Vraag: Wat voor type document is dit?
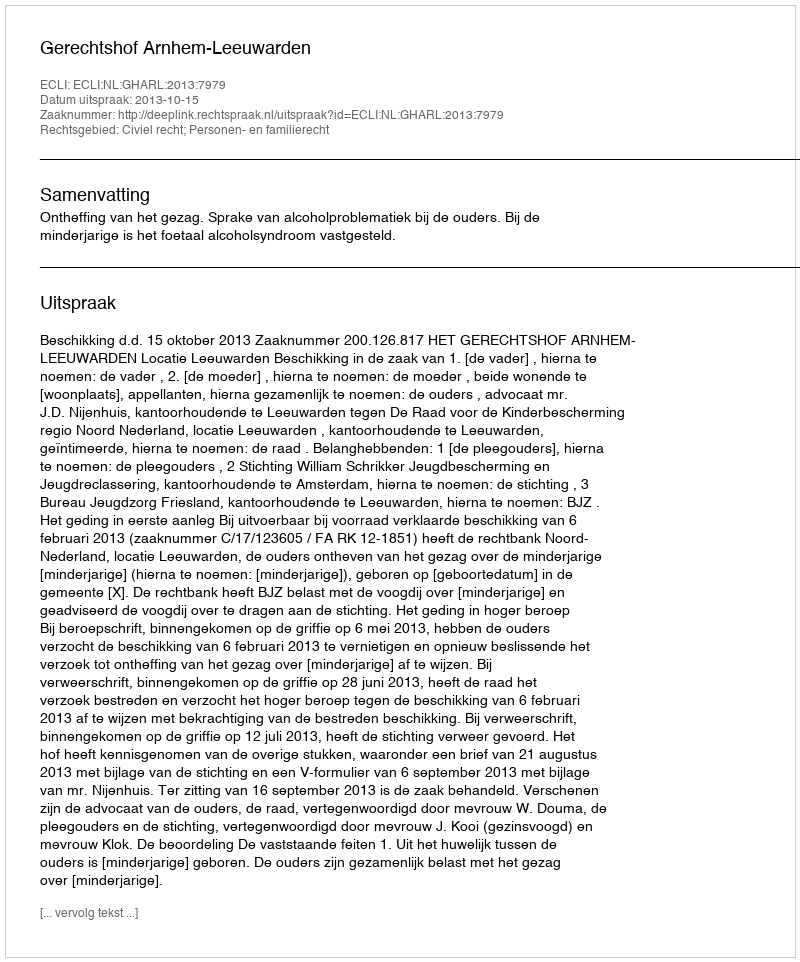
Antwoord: Uitspraak